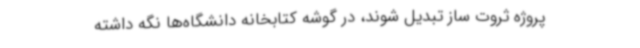
پروژه ثروت ساز تبدیل شوند، در گوشه کتابخانه دانشگاه‌ها نگه داشته